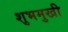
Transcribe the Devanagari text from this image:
शुभमुखी